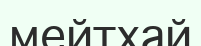
мейтхай